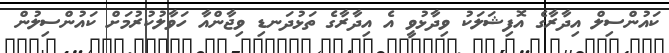
ކައުންސިލް އިދާރާގެ އޮފިޝަލަކު ވިދާޅުވީ އެ އިދާރާގެ ތަޅުދަނޑި ވިޖާންއާ ހަވާލުކުރުމަށް ކައުންސިލުން